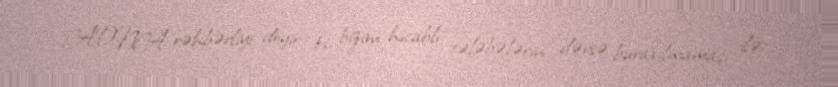
ADNA rəhbərliyi deyir ki, bizim hicablı tələbələrin dərsə buraxılmaması ilə